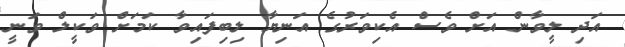
އަދި ލީވާން އަށް ވެސް އެކިވަރުގެ އަނިޔާ ލިބިފައިވާ ކަމަށް ވަކީލް ވަނީ